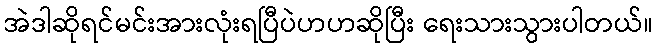
အဲဒါဆိုရင်မင်းအားလုံးရပြီပဲဟဟဆိုပြီး ရေးသားသွားပါတယ်။